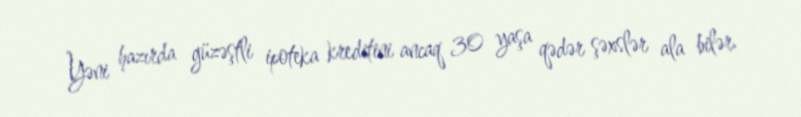
Yəni hazırda güzəştli ipoteka kreditini ancaq 30 yaşa qədər şəxslər ala bilər.